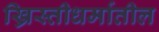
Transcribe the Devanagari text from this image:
ख्रिस्तीधर्मातील